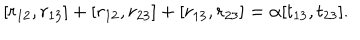
[ r _ { 1 2 } , r _ { 1 3 } ] + [ r _ { 1 2 } , r _ { 2 3 } ] + [ r _ { 1 3 } , r _ { 2 3 } ] = \alpha [ t _ { 1 3 } , t _ { 2 3 } ] .